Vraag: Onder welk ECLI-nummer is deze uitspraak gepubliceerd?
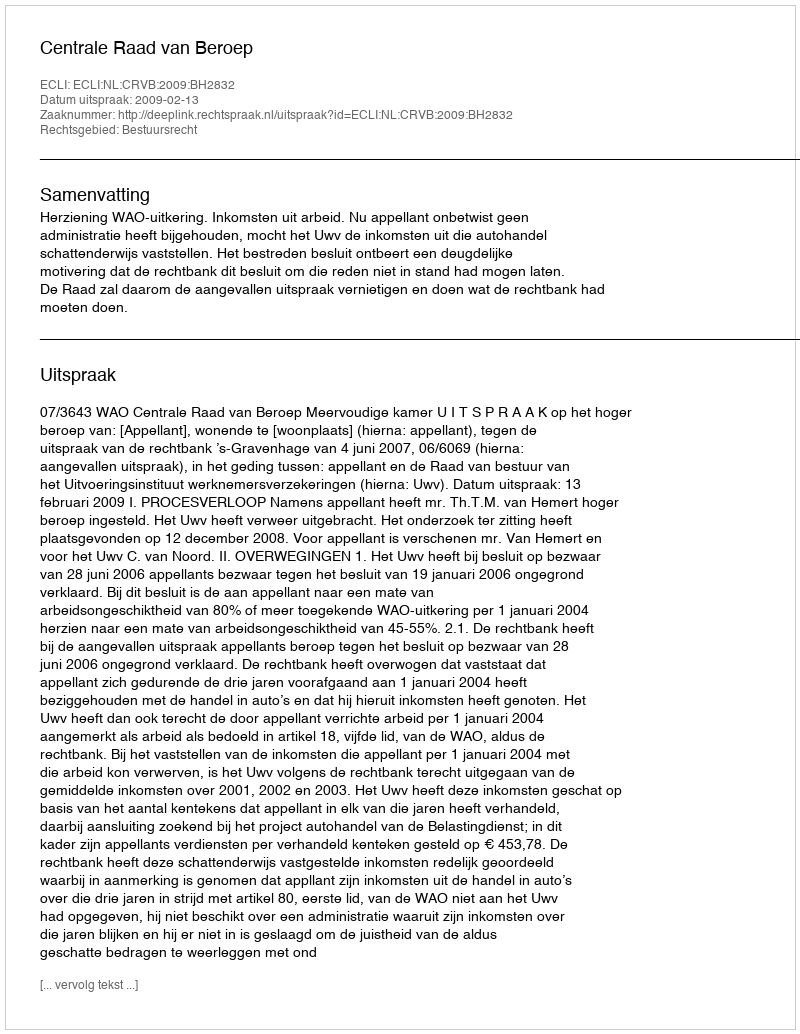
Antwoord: ECLI:NL:CRVB:2009:BH2832